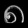
Digit: ၈